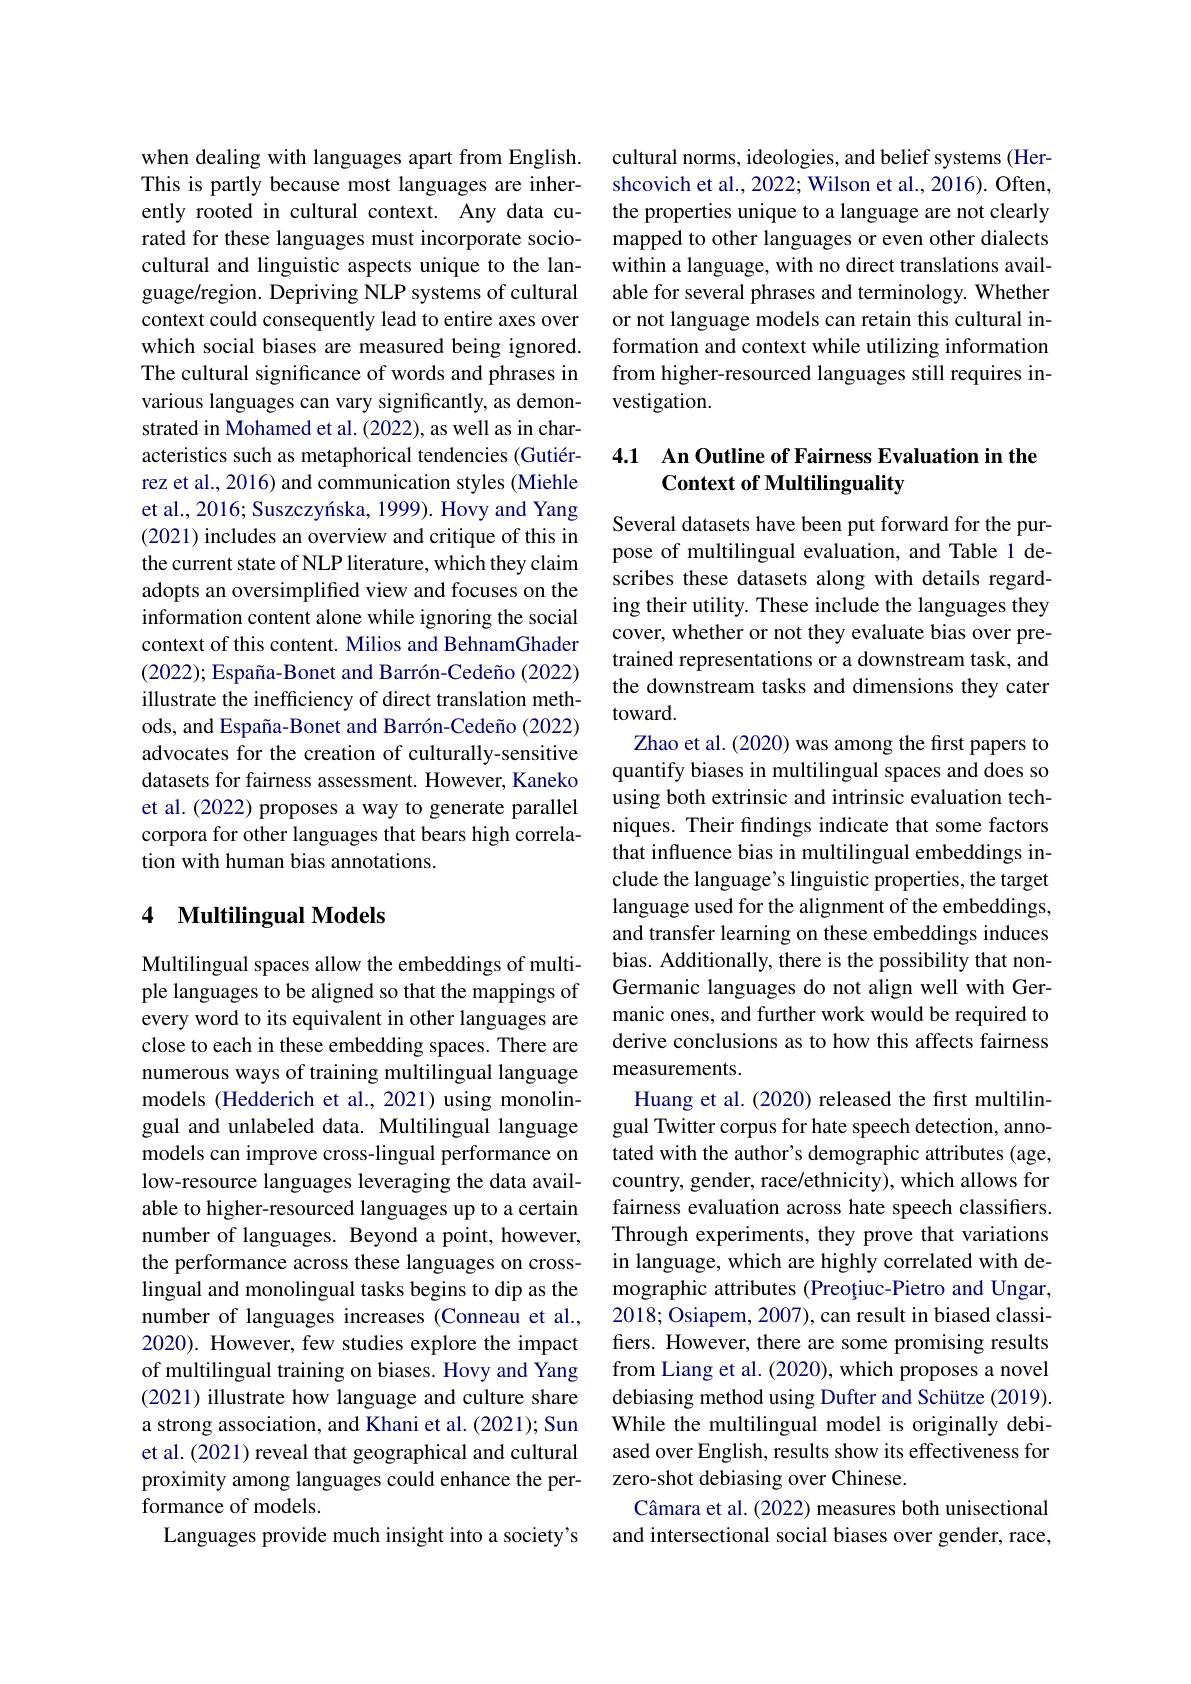
when dealing with languages apart from English. This is partly because most languages are inherently rooted in cultural context. Any data curated for these languages must incorporate sociocultural and linguistic aspects unique to the language/region. Depriving NLP systems of cultural context could consequently lead to entire axes over which social biases are measured being ignored. The cultural significance of words and phrases in various languages can vary significantly, as demonstrated in Mohamed et al. (2022), as well as in characteristics such as metaphorical tendencies (Gutiérrez et al., 2016) and communication styles (Miehle et al., 2016; Suszczyíska, 1999). Hovy and Yang (2021) includes an overview and critique of this in the current state of NLP literature, which they claim adopts an oversimplified view and focuses on the information content alone while ignoring the social context of this content. Milios and BehnamGhader $( 2022) ; \text{Espa\~ {n}a- BonetandBarr\' {o}n- Cede\~ {n}o( 2022) }$ illustrate the inefficiency of direct translation methods, and España-Bonet and Barrón-Cedeño (2022) advocates for the creation of culturally-sensitive datasets for fairness assessment. However, Kaneko et al.(2022) proposes a way to generate parallel corpora for other languages that bears high correlation with human bias annotations.

## 4 Multilingual Models

Multilingual spaces allow the embeddings of multiple languages to be aligned so that the mappings of every word to its equivalent in other languages are close to each in these embedding spaces. There are numerous ways of training multilingual language models (Hedderich et al., 2021) using monolingual and unlabeled data. Multilingual language models can improve cross-lingual performance on low-resource languages leveraging the data available to higher-resourced languages up to a certain number of languages. Beyond a point, however, the performance across these languages on crosslingual and monolingual tasks begins to dip as the number of languages increases (Conneau et al., 2020). However, few studies explore the impact of multilingual training on biases. Hovy and Yang (2021) illustrate how language and culture share a strong association, and Khani et al. (2021); Sun et al. (2021) reveal that geographical and cultural proximity among languages could enhance the performance of models.
Languages provide much insight into a society's

cultural norms, ideologies, and belief systems (Hershcovich et al., 2022; Wilson et al., 2016). Often, the properties unique to a language are not clearly mapped to other languages or even other dialects within a language, with no direct translations available for several phrases and terminology. Whether or not language models can retain this cultural information and context while utilizing information from higher-resourced languages still requires investigation.

### 4.1 An Outline of Fairness Evaluation in the Context of Multilinguality

Several datasets have been put forward for the purpose of multilingual evaluation, and Table 1 describes these datasets along with details regarding their utility. These include the languages they cover, whether or not they evaluate bias over pretrained representations or a downstream task, and the downstream tasks and dimensions they cater toward.
Zhao et al. (2020) was among the first papers to quantify biases in multilingual spaces and does so using both extrinsic and intrinsic evaluation techniques. Their findings indicate that some factors that influence bias in multilingual embeddings include the language's linguistic properties, the target language used for the alignment of the embeddings, and transfer learning on these embeddings induces bias. Additionally, there is the possibility that nonGermanic languages do not align well with Germanic ones, and further work would be required to derive conclusions as to how this affects fairness measurements.
Huang et al. (2020) released the first multilingual Twitter corpus for hate speech detection, annotated with the author's demographic attributes (age, country, gender, race/ethnicity), which allows for fairness evaluation across hate speech classifiers. Through experiments, they prove that variations in language, which are highly correlated with demographic attributes (Preoțiuc-Pietro and Ungar, 2018; Osiapem, 2007), can result in biased classifiers. However, there are some promising results from Liang et al. (2020), which proposes a novel debiasing method using Dufter and Schütze (2019). While the multilingual model is originally debiased over English, results show its effectiveness for zero-shot debiasing over Chinese.
Câmara et al. (2022) measures both unisectional and intersectional social biases over gender, race,